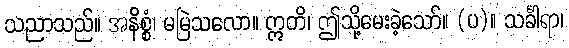
သညာသည်။ အနိစ္စံ၊ မမြဲသလော။ ဣတိ၊ ဤသို့မေးခဲ့သော်။ (ပ)။ သင်္ခါရာ၊